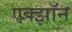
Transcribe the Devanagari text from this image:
एक्झॉन